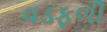
વડફળી